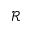
\mathcal { R }